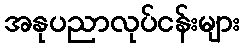
အနုပညာလုပ်ငန်းများ